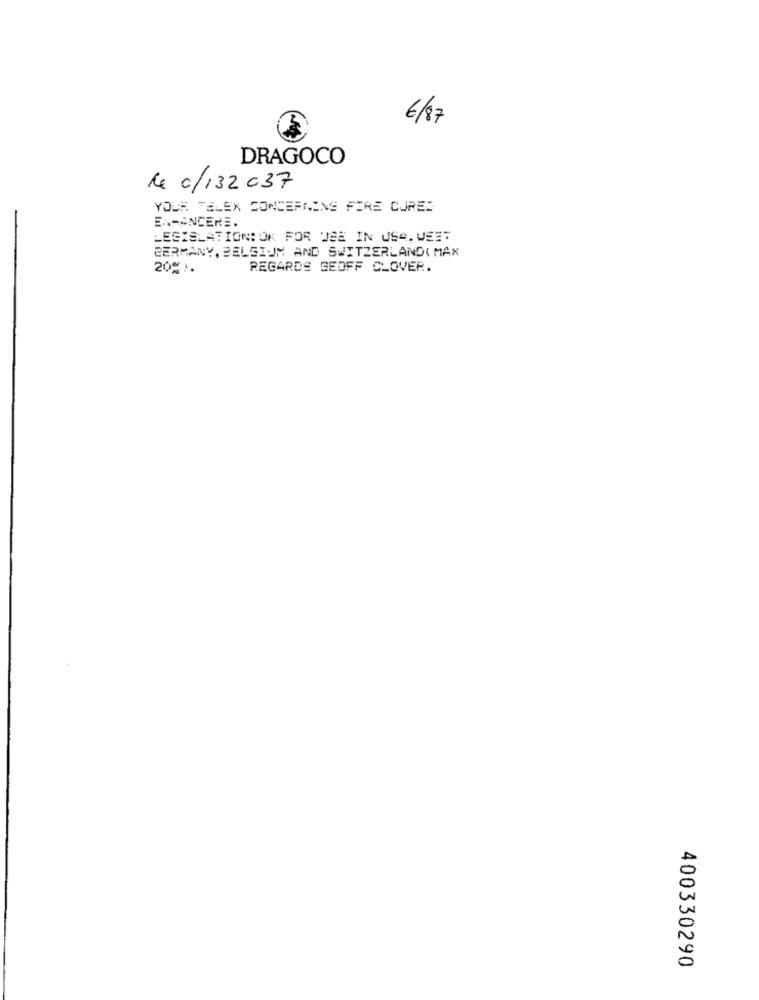
6/87
DRAGOCO
Rx 0/132037
YOUR TELEK CONCERNING FIRE CURED
ENHANCERS.
LESYSLATION: OK FOR USE IN USA. WEET
GERMANY, BELGIUM AND SWITZERLAND( MAX
20% ).
REGARDS GEOFF CLOVER.
400330290